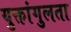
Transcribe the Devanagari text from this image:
युक्तांगुलता